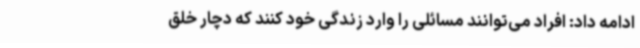
ادامه داد: افراد می‌توانند مسائلی را وارد زندگی خود کنند که دچار خلق